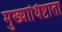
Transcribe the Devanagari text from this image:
मुख्याधिष्टाता